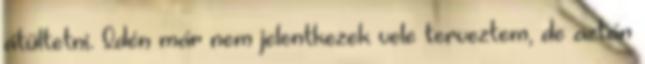
átültetni. Idén már nem jelentkezek vele terveztem, de aztán